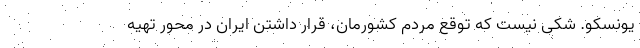
یونسکو. شکی نیست که توقع مردم کشورمان، قرار داشتن ایران در محورِ تهیه